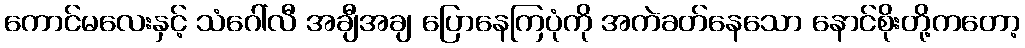
ကောင်မလေးနှင့် သံဂေါ်လီ အချီအချ ပြောနေကြပုံကို အကဲခတ်နေသော နောင်စိုးတို့ကတော့